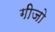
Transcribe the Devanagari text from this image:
गीजो